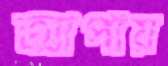
আপায়